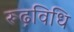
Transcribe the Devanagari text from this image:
रूढ़विधि